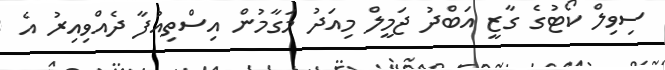
ސިވިލް ކޯޓުގެ ގާޒީ އަބްދު ޖަމީލް މިއަދު މަގާމުން އިސްތިއުފާ ދެއްވިއިރު އެ